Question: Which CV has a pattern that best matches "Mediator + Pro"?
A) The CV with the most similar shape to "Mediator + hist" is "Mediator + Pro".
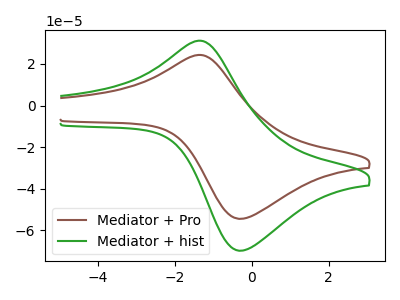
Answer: <think>The brown curve "Mediator + Pro" has an anodic peak at (-1.40V, 24.30uA) and a cathodic peak at (-0.25V, -54.40uA). The green curve "Mediator + hist" has an anodic peak at (-1.40V, 31.15uA) and a cathodic peak at (-0.25V, -69.75uA).
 All the peaks in "Mediator + Pro" have a peak in "Mediator + hist" at the same potential. Every peak in "Mediator + Pro" is lower than every peak in "Mediator + hist".</think>
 <answer>A) The CV with the most similar shape to "Mediator + hist" is "Mediator + Pro".</answer>
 <eval>A</eval>